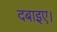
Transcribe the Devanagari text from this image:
दबाइए।